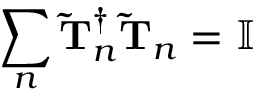
\sum _ { n } \mathbf { \widetilde { T } } _ { n } ^ { \dagger } \mathbf { \widetilde { T } } _ { n } = \mathbb { I }